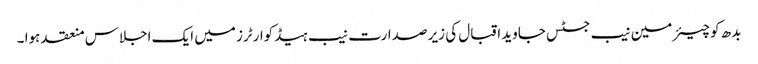
بدھ کو چیئرمین نیب جسٹس جاوید اقبال کی زیر صدارت نیب ہیڈکوارٹرز میں ایک اجلاس منعقد ہوا ۔